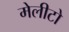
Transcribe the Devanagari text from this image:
मेलीटो